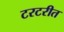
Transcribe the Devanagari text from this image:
टरटरीत